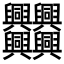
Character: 𠔻